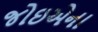
જોઇએના